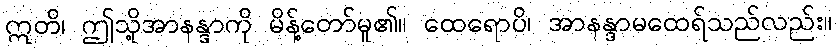
ဣတိ၊ ဤသို့အာနန္ဒာကို မိန့်တော်မူ၏။ ထေရောပိ၊ အာနန္ဒာမထေရ်သည်လည်း။